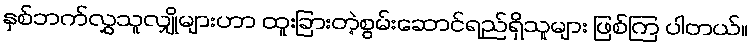
နှစ်ဘက်လွှသူလျှိုများဟာ ထူးခြားတဲ့စွမ်းဆောင်ရည်ရှိသူများ ဖြစ်ကြ ပါတယ်။